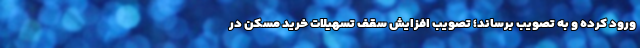
ورود کرده و به تصویب برساند؛ تصویب افزایش سقف تسهیلات خرید مسکن در